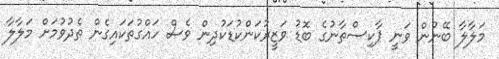
މަލާލާ ބޭނުން ވަނީ ޕާކިސްތާނުގެ ބޮޑު ވަޒީރުކަންކުޑަކުދިން ވެސް ހައްގުތަކައިގެން ތެދުވުމަށް މަލާލާ